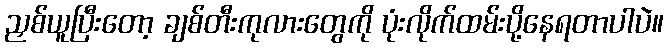
ညှစ်ယူပြီးတော့ ချစ်တီးကုလားတွေကို ပုံးလိုက်ထမ်းပို့နေရတာပါပဲ။